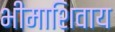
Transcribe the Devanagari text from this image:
भीमाशिवाय